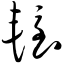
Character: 轾